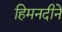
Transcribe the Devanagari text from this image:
हिमनदीने